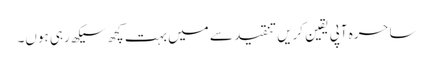
ساحرہ آپی یقین کریں تنقید سے میں بہت کچھ سیکھ رہی ہوں۔